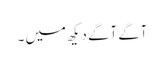
آگے آگے دیکھ میں ۔